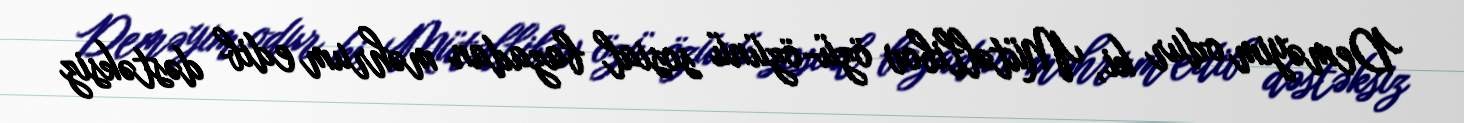
Deməyim odur ki, Mütəllibov özü-özünü sosial bazadan məhrum edib dəstəksiz